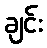
ချင်း